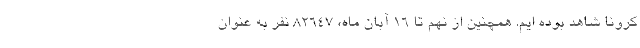
کرونا شاهد بوده ایم. همچنین از نهم تا ۱۶ آبان ماه، ۸۲۶۴۷ نفر به عنوان